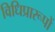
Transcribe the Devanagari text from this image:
विधिप्रारूपों